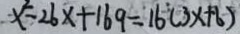
x ^ { 2 } - 2 6 x + 1 6 9 = 1 6 ( 3 x + 6 )